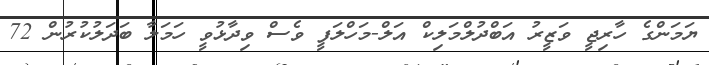
ޔަމަންގެ ހާރިޖީ ވަޒީރު އަބްދުލްމަލިކް އަލް-މަހްލަފީ ވެސް ވިދާޅުވީ ހަމަލާ ބަދަލުކުރުން 72